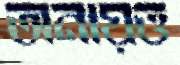
অনায়ত্ত